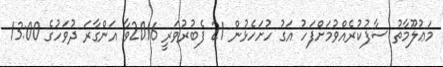
މަޢުލޫމާތު ސާފުކުރެއްވުމަށްފަހު އަގު ހުށަހެޅުން 21 ފެބުރުވަރީ 2016ވާ އަންގާރަ ދުވަހުގެ 13:00